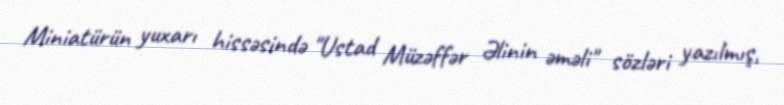
Miniatürün yuxarı hissəsində "Ustad Müzəffər Əlinin əməli" sözləri yazılmış,